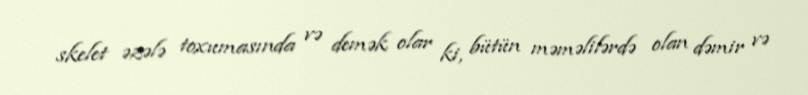
skelet əzələ toxumasında və demək olar ki, bütün məməlilərdə olan dəmir və